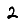
Digit: 2